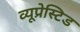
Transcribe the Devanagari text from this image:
व्यूप्रेस्टिड